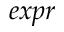
e x p r